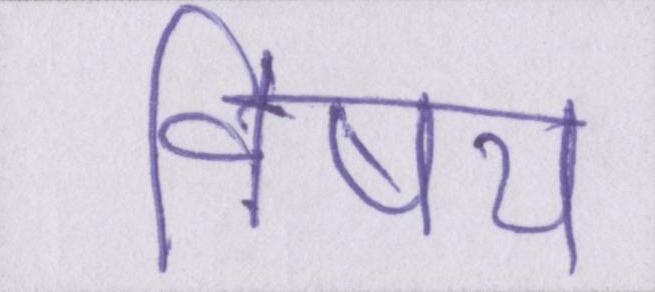
विषय